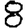
Digit: 8